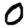
Digit: 0